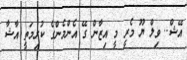
އޭޝް.. ވިލް ޔޫ މެރީ މީ އިޒާން ގޭ އެންމެންގެ ކުރިމަތީ އާޝާ